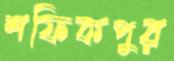
শফিকপুর